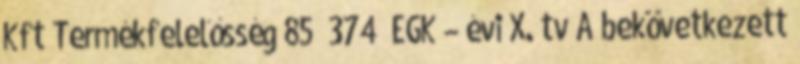
Kft Termékfelelősség 85 374 EGK – évi X. tv A bekövetkezett